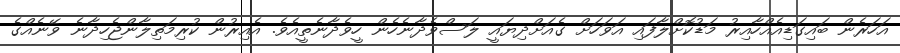
އަހަރެން ބައިގަޑިއެއްހާއިރު މަޑުކޮށްލާފައި އަވަހަށް ގެއަށްދިޔައީ ލަސްވެދާނެހެން ހީވެދާނެތީއެވެ. އެއިރުން ކުރިމަތިލާންޖެހިދާނެ ވޭނެއްގެ